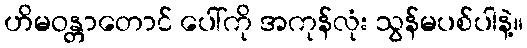
ဟိမဝန္တာတောင် ပေါ်ကို အကုန်လုံး သွန်မပစ်ပါနဲ့။